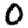
Digit: 0